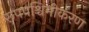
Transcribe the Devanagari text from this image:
रूपपश्चिमीकरण